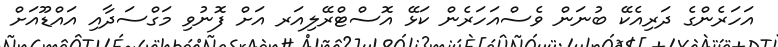
އަހަރެންގެ ދަރިއެކޭ ބުނަން ވެސްއަހަރެން ކަޅޭ އޮސްޓްރޭލިއަރ އަށް ފޮނުވި މަގްސަދާއި އައްޑޫއަށް